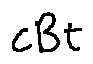
c B t